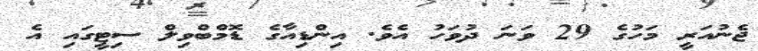
ޖެނުއަރީ މަހުގެ 29 ވަނަ ދުވަހު އެވެ. އިންޑިއާގެ ޑޮމްބްވިލް ސިޓީގައި އެ